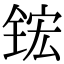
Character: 𬭎